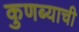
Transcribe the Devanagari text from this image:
कुणब्याची